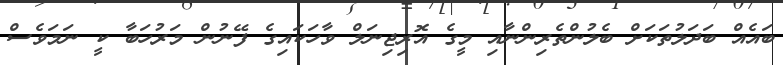
ބައެއް ބަދަލުތަކަށް ބެލުންތެރިންނާއި މީގެ އޮރިޖިނަލް ވާހަކައިގެ ފޭނުން މަރުހަބާ ކީ ނަމަވެސް